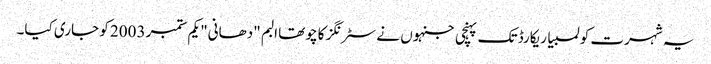
یہ شہرت کولمبیا ریکارڈ تک پہنچی جنہوں نے سٹرنگز کا چوتھا البم "دھانی" یکم ستمبر 2003 کو جاری کیا۔